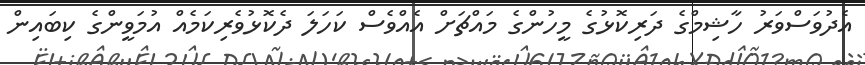
އެދުވަސްވަރު ހާޝިމްގެ ދަރިކޮޅުގެ މީހުންގެ މައްޗަށް އެއްވެސް ކަހަލަ ދެކޮޅުވެރިކަމެއް އުމަވީންގެ ކިބައިން